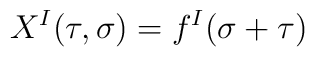
X^I(\tau,\sigma)=f^I(\sigma+\tau)